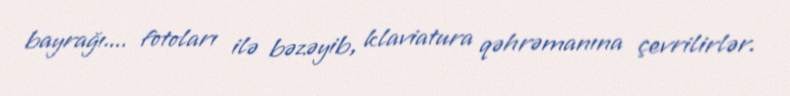
bayrağı.... fotoları ilə bəzəyib, klaviatura qəhrəmanına çevrilirlər.